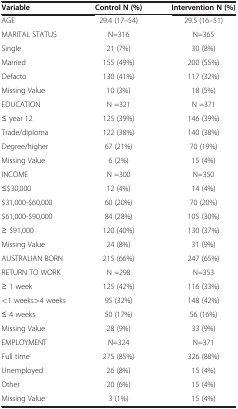
<table><thead><tr><td><b>Variable</b></td><td><b>Control N (%)</b></td><td><b>Intervention N (%)</b></td></tr></thead><tbody><tr><td>AGE</td><td>29.4 (17–54)</td><td>29.5 (16–51)</td></tr><tr><td>MARITAL STATUS</td><td>N=316</td><td>N=365</td></tr><tr><td>Single</td><td>21 (7%)</td><td>30 (8%)</td></tr><tr><td>Married</td><td>155 (49%)</td><td>200 (55%)</td></tr><tr><td>Defacto</td><td>130 (41%)</td><td>117 (32%)</td></tr><tr><td>Missing Value</td><td>10 (3%)</td><td>18 (5%)</td></tr><tr><td>EDUCATION</td><td>N =321</td><td>N =371</td></tr><tr><td>≤ year 12</td><td>125 (39%)</td><td>146 (39%)</td></tr><tr><td>Trade/diploma</td><td>122 (38%)</td><td>140 (38%)</td></tr><tr><td>Degree/higher</td><td>67 (21%)</td><td>70 (19%)</td></tr><tr><td>Missing Value</td><td>6 (2%)</td><td>15 (4%)</td></tr><tr><td>INCOME</td><td>N =300</td><td>N=350</td></tr><tr><td>≤$30,000</td><td>12 (4%)</td><td>14 (4%)</td></tr><tr><td>$31,000-$60,000</td><td>60 (20%)</td><td>70 (20%)</td></tr><tr><td>$61,000-$90,000</td><td>84 (28%)</td><td>105 (30%)</td></tr><tr><td>≥ $91,000</td><td>120 (40%)</td><td>130 (37%)</td></tr><tr><td>Missing Value</td><td>24 (8%)</td><td>31 (9%)</td></tr><tr><td>AUSTRALIAN BORN</td><td>215 (66%)</td><td>247 (65%)</td></tr><tr><td>RETURN TO WORK</td><td>N =298</td><td>N=353</td></tr><tr><td>≥ 1 week</td><td>125 (42%)</td><td>116 (33%)</td></tr><tr><td>&lt;1 weeks&gt;4 weeks</td><td>95 (32%)</td><td>148 (42%)</td></tr><tr><td>≤ 4 weeks</td><td>50 (17%)</td><td>56 (16%)</td></tr><tr><td>Missing Value</td><td>28 (9%)</td><td>33 (9%)</td></tr><tr><td>EMPLOYMENT</td><td>N=324</td><td>N=371</td></tr><tr><td>Full time</td><td>275 (85%)</td><td>326 (88%)</td></tr><tr><td>Unemployed</td><td>26 (8%)</td><td>15 (4%)</td></tr><tr><td>Other</td><td>20 (6%)</td><td>15 (4%)</td></tr><tr><td>Missing Value</td><td>3 (1%)</td><td>15 (4%)</td></tr></tbody></table>